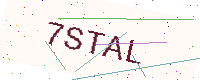
Text: 7STAL